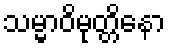
သမ္မာဝိမုတ္တိနော